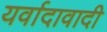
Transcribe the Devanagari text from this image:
यर्वादावादी